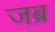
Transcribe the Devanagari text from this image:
जब्र